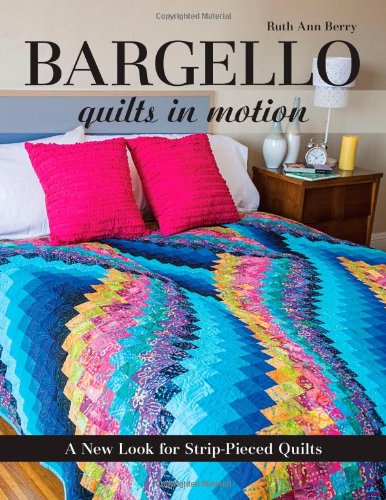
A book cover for Bargello Quilts in Motion: A New Look for Strip-Pieced Quilts; Ruth Ann Berry; Crafts, Hobbies & Home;